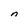
Character: n